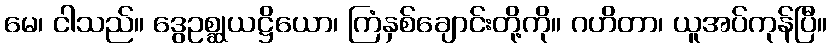
မေ၊ ငါသည်။ ဒွေဥစ္ဆုယဋ္ဌိယော၊ ကြံနှစ်ချောင်းတို့ကို။ ဂဟိတာ၊ ယူအပ်ကုန်ပြီ။